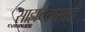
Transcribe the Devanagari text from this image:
साहाय्यासाठी